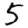
Digit: 5